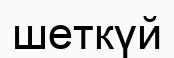
шеткүй